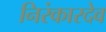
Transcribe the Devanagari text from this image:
निरंकारदेव